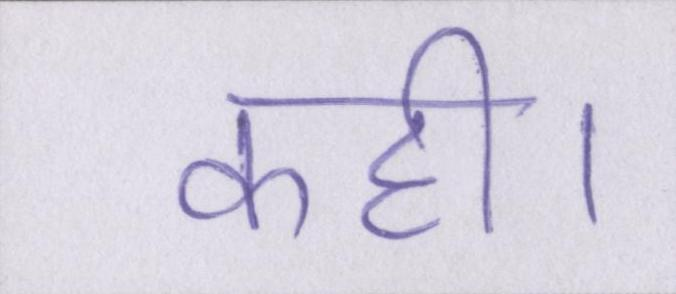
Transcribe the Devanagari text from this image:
कही।